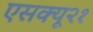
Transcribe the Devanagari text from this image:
एसक्यू२१